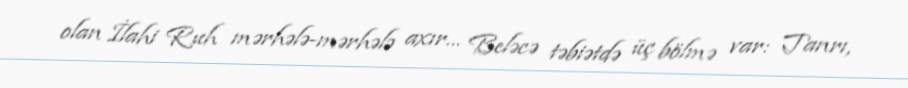
olan İlahi Ruh mərhələ-mərhələ axır… Beləcə təbiətdə üç bölmə var: Tanrı,